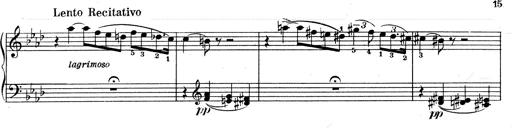
Title: Weinen, Klagen, Sorgen, Zagen
Composer: Franz Liszt